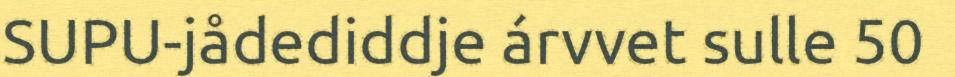
SUPU-jådediddje árvvet sulle 50